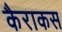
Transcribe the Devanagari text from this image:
कैराकस